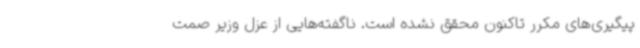
پیگیری‌های مکرر تاکنون محقق نشده است. ناگفته‌هایی از عزل وزیر صمت